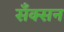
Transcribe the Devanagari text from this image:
सँक्सन